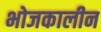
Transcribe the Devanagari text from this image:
भोजकालीन